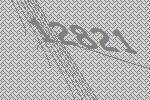
12821